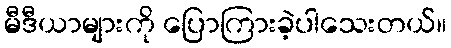
မီဒီယာများကို ပြောကြားခဲ့ပါသေးတယ်။